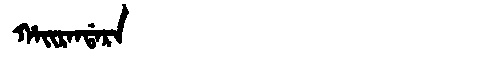
Manchu: ᡥᠠᡳᡵᠠᠨᡩᠠᡵᠠ
Romanization: HAIRANDARA